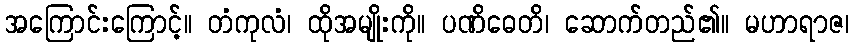
အကြောင်းကြောင့်။ တံကုလံ၊ ထိုအမျိုးကို။ ပဏိဓေတိ၊ ဆောက်တည်၏။ မဟာရာဇ၊